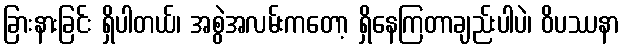
ခြားနားခြင်း ရှိပါတယ်၊ အစွဲအလမ်းကတော့ ရှိနေကြတာချည်းပါပဲ၊ ဝိပဿနာ